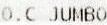
O.C JUMBO